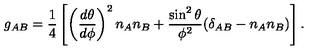
g _ { A B } = { \frac { 1 } { 4 } } \left[ \left( { \frac { d \theta } { d \phi } } \right) ^ { 2 } n _ { A } n _ { B } + { \frac { \sin ^ { 2 } \theta } { \phi ^ { 2 } } } ( \delta _ { A B } - n _ { A } n _ { B } ) \right] .